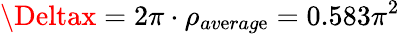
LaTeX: \Deltax=2\pi\cdot\rho_{av\mathrm{e}rag\mathrm{e}}=0.583\pi^{2}